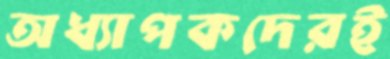
অধ্যাপকদেরই